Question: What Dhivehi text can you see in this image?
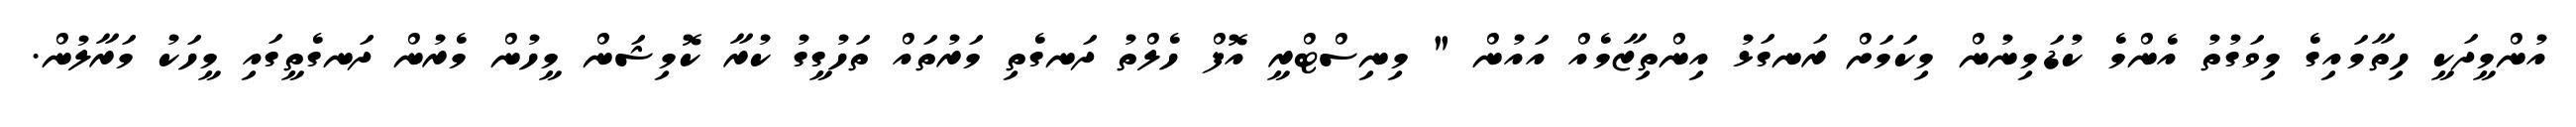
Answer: އުންމީދަކީ ހިތާމައިގެ މިވަގުތު އެންމެ ކުޑަމިނުން މިކަމަށް ރަނގަޅު އިންތިޒާމެއް އައުން " މިނިސްޓްރީ އޮފް ހެލްތު ދަނގެތި މަރުތައް ތަހުގީގު ކުރާ ކޮމިޝަން މީހުން މެރުން ދަނގެތީގައި މީހަކު މަރާލުން.